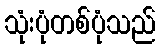
သုံးပုံတစ်ပုံသည်